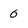
Character: 0